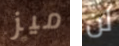
ميز لن